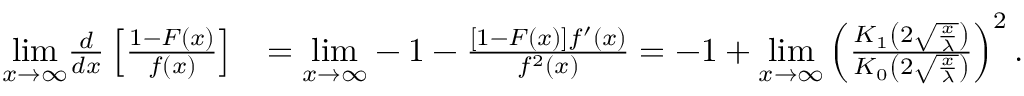
\begin{array} { r l } { \underset { x \rightarrow \infty } { \mathrm { l i m } } \frac { d } { d x } \left[ \frac { 1 - F ( x ) } { f ( x ) } \right] } & { = \underset { x \rightarrow \infty } { \mathrm { l i m } } - 1 - \frac { \left[ 1 - F ( x ) \right] f ^ { \prime } ( x ) } { f ^ { 2 } ( x ) } = - 1 + \underset { x \rightarrow \infty } { \mathrm { l i m } } \left( \frac { K _ { 1 } \left( 2 \sqrt { \frac { x } { \lambda } } \right) } { K _ { 0 } \left( 2 \sqrt { \frac { x } { \lambda } } \right) } \right) ^ { 2 } . } \end{array}